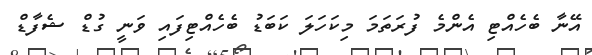
އޭނާ ބެހެއްޓި އެންމެ ފުރަތަމަ މިކަހަލަ ކަބަޑު ބެހެއްޓިފައި ވަނީ ގުޑް ޝެފާޑް